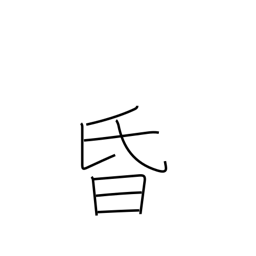
Meaning: dark